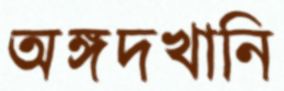
অঙ্গদখানি